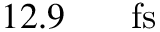
1 2 . 9 \ensuremath { \mathrm { ~ \textrm ~ { ~ \, ~ } ~ } } \ensuremath { \mathrm { f s } }